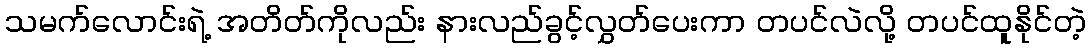
သမက်လောင်းရဲ့ အတိတ်ကိုလည်း နားလည်ခွင့်လွှတ်ပေးကာ တပင်လဲလို့ တပင်ထူနိုင်တဲ့